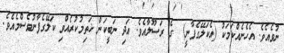
ނުވެއެވެ. އެހެނެއްކަމަކު (އެކަލޭގެފާނީ)  ގެ ރަސޫލާއެވެ. އަދި ނަބީކަން ޚަތިމުކުރެއްވި ކަލޭގެފާނުވެސްމެއެވެ.